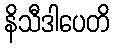
နိသီဒါပေတိ